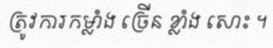
ត្រូវការកម្លាំង ច្រើន ខ្លាំង សោះ ។